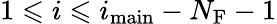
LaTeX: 1\leqslant i\leqslant i_{\mathrm{main}}-N_{\mathrm{F}}-1